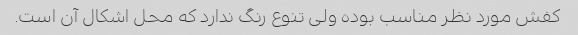
کفش مورد نظر مناسب بوده ولی تنوع رنگ ندارد که محل اشکال آن است.